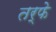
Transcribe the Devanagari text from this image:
तर्फेे